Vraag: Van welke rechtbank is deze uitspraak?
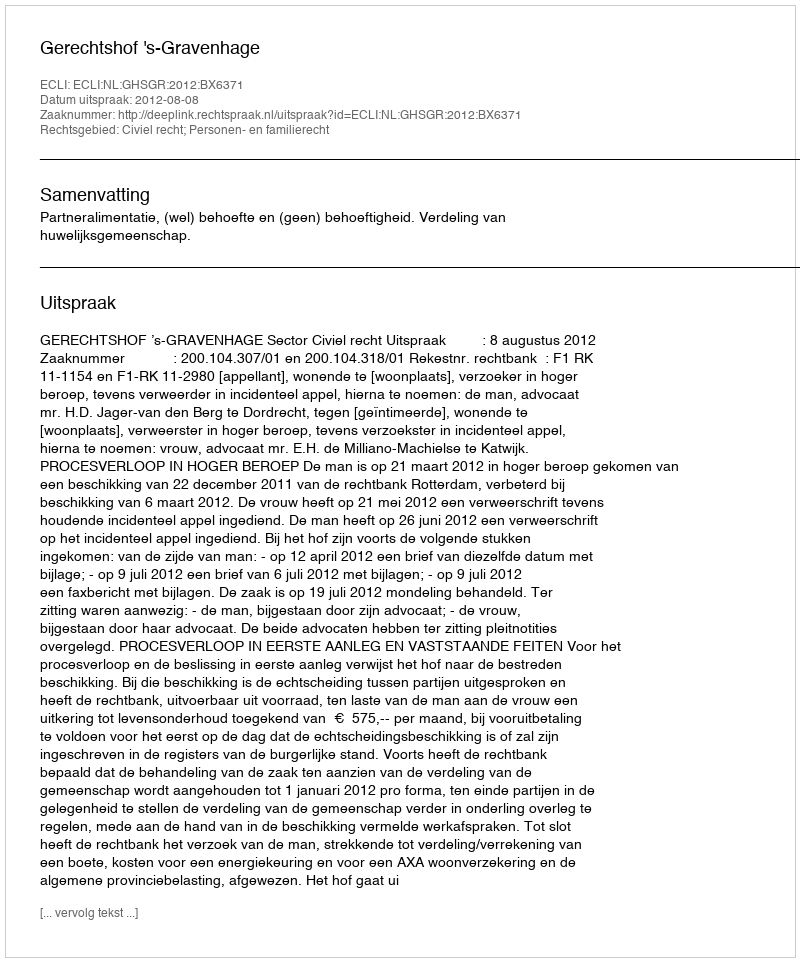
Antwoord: Gerechtshof 's-Gravenhage